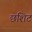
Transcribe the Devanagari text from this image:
छशिट